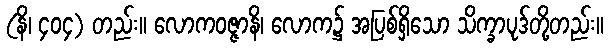
(နိ၊ ၄၀၄) တည်း။ လောကဝဇ္ဇာနိ၊ လောက၌ အပြစ်ရှိသော သိက္ခာပုဒ်တို့တည်း။